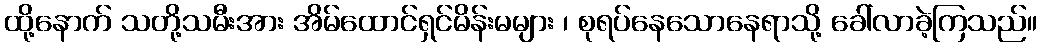
ထို့နောက် သတို့သမီးအား အိမ်ထောင်ရှင်မိန်းမများ ၊ စုရပ်နေသောနေရာသို့ ခေါ်လာခဲ့ကြသည်။